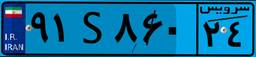
۹۱S۸۶۰۲۴